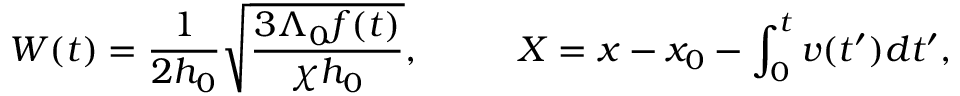
W ( t ) = \frac { 1 } { 2 h _ { 0 } } \sqrt { \frac { 3 \Lambda _ { 0 } f ( t ) } { \chi h _ { 0 } } } , ~ ~ ~ ~ ~ ~ ~ ~ X = x - x _ { 0 } - \int _ { 0 } ^ { t } v ( t ^ { \prime } ) d t ^ { \prime } ,